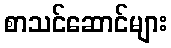
စာသင်ဆောင်များ